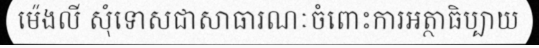
ម៉េងលី សុំទោសជាសាធារណៈចំពោះការអត្ថាធិប្បាយ